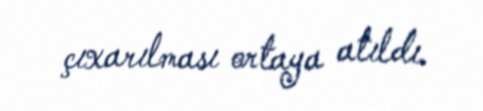
çıxarılması ortaya atıldı.